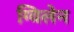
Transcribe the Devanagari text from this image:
ग्विलेन